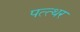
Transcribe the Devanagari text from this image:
पत्त्थर